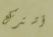
أشترك